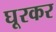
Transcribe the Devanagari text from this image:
घूरकर